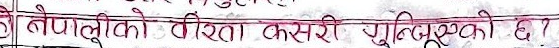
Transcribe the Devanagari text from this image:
नेपालीको वीर कसरी भुनिएसकी छ?